Civil Veterinary Dept. Bombay admin report 1907-1913 - 1907-1913
Year: 1907
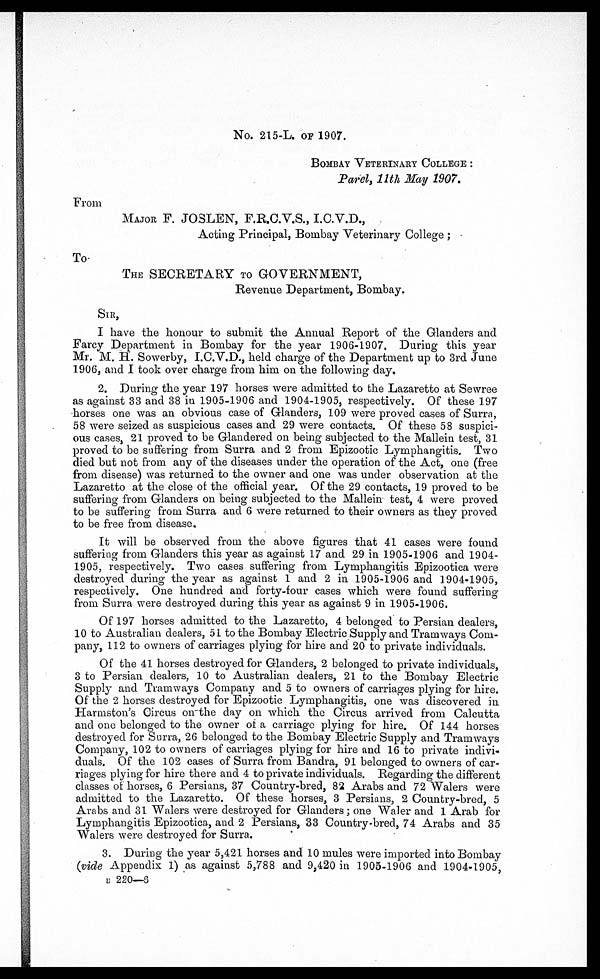
No. 215-L. OF 1907.
BOMBAY VETERINARY COLLEGE:
Parel, 11th May 1907.
From
MAJOR F. JOSLEN, F.R.C.V.S., I.C.V.D.,
Acting Principal, Bombay Veterinary College;
To
THE SECRETARY TO GOVERNMENT,
Revenue Department, Bombay.
SIR,
I have the honour to submit the Annual Report of the Glanders and
Farcy Department in Bombay for the year 1906-1907. During this year
Mr. M. H. Sowerby, I.C.V.D., held charge of the Department up to 3rd June
1906, and I took over charge from him on the following day.
2. During the year 197 horses were admitted to the Lazaretto at Sewree
as against 33 and 38 in 1905-1906 and 1904-1905, respectively. Of these 197
horses one was an obvious case of Glanders, 109 were proved cases of Surra,
58 were seized as suspicious cases and 29 were contacts. Of these 58 suspici-
ous cases, 21 proved to be Glandered on being subjected to the Mallein test, 31
proved to be suffering from Surra and 2 from Epizootic Lymphangitis. Two
died but not from any of the diseases under the operation of the Act, one (free
from disease) was returned to the owner and one was under observation at the
Lazaretto at the close of the official year. Of the 29 contacts, 19 proved to be
suffering from Glanders on being subjected to the Mallein test, 4 were proved
to be suffering from Surra and 6 were returned to their owners as they proved
to be free from disease.
It will be observed from the above figures that 41 cases were found
suffering from Glanders this year as against 17 and 29 in 1905-1906 and 1904-
1905, respectively. Two cases suffering from Lymphangitis Epizootica were
destroyed during the year as against 1 and 2 in 1905-1906 and 1904-1905,
respectively. One hundred and forty-four cases which were found suffering
from Surra were destroyed during this year as against 9 in 1905-1906.
Of 197 horses admitted to the Lazaretto, 4 belonged to Persian dealers,
10 to Australian dealers, 51 to the Bombay Electric Supply and Tramways Com-
pany, 112 to owners of carriages plying for hire and 20 to private individuals.
Of the 41 horses destroyed for Glanders, 2 belonged to private individuals,
3 to Persian dealers, 10 to Australian dealers, 21 to the Bombay Electric
Supply and Tramways Company and 5 to owners of carriages plying for hire.
Of the 2 horses destroyed for Epizootic Lymphangitis, one was discovered in
Harmston's Circus on the day on which the Circus arrived from Calcutta
and one belonged to the owner of a carriage plying for hire. Of 144 horses
destroyed for Surra, 26 belonged to the Bombay Electric Supply and Tramways
Company, 102 to owners of carriages plying for hire and 16 to private indivi-
duals. Of the 102 cases of Surra from Bandra, 91 belonged to owners of car-
riages plying for hire there and 4 to private individuals. Regarding the different
classes of horses, 6 Persians, 37 Country-bred, 82 Arabs and 72 Walers were
admitted to the Lazaretto. Of these horses, 3 Persians, 2 Country-bred, 5
Arabs and 31 Walers were destroyed for Glanders; one Waler and 1 Arab for
Lymphangitis Epizootica, and 2 Persians, 33 Country-bred, 74 Arabs and 35
Walers were destroyed for Surra.
3. During the year 5,421 horses and 10 mules were imported into Bombay
(vide Appendix 1) as against 5,788 and 9,420 in 1905-1906 and 1904-1905,
B 220—6